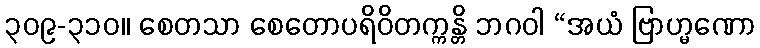
၃၀၉-၃၁၀။ စေတသာ စေတောပရိဝိတက္ကန္တိ ဘဂဝါ “အယံ ဗြာဟ္မဏော